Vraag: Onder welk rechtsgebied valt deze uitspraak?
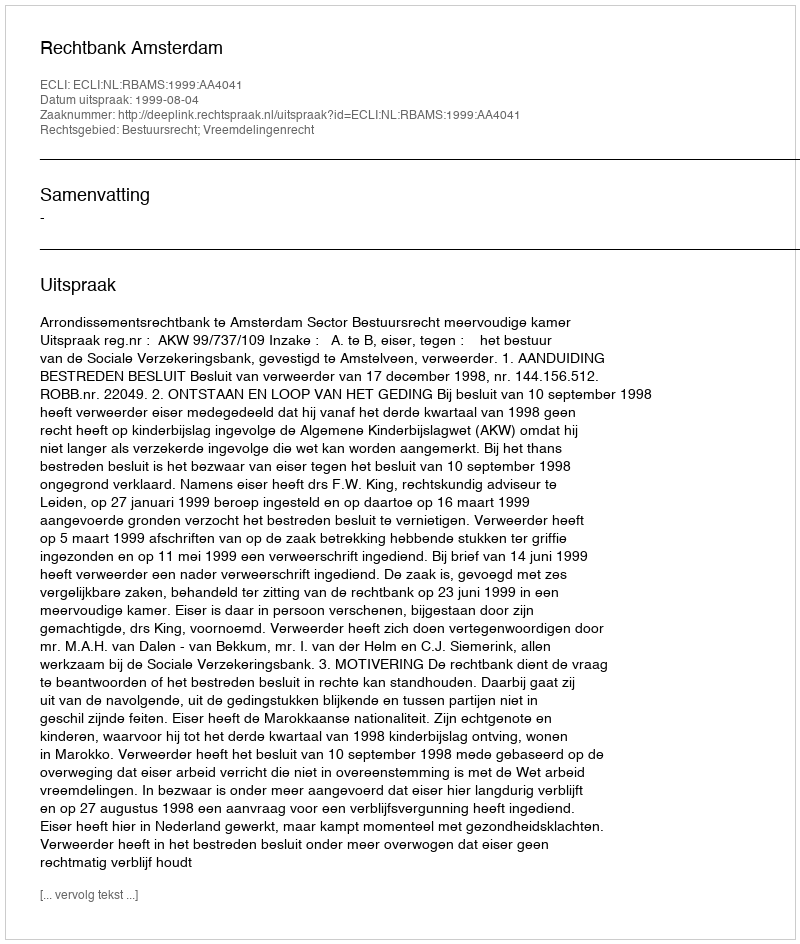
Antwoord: Bestuursrecht; Vreemdelingenrecht